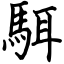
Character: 駬